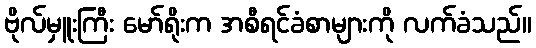
ဗိုလ်မှူးကြီး မော်ရိုးက အစီရင်ခံစာများကို လက်ခံသည်။